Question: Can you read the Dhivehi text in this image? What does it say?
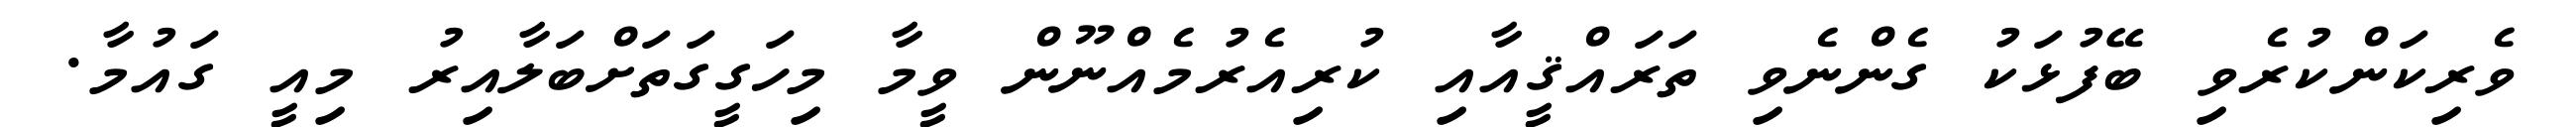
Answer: ވެރިކަންކުރެވި ބޭފުޅަކު ގެންނެވި ތަރައްޤީއާއި ކުރިއެރުމެއްނޫން ވީމާ މިހަގީގަތަށްބަލާއިރު މިއީ ގައުމާ.